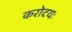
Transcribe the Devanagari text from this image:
करोटयः